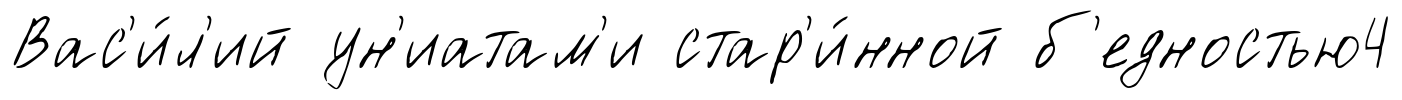
Вас'и́л'ий ун'иатам'и стар'и́нной б'едностью4